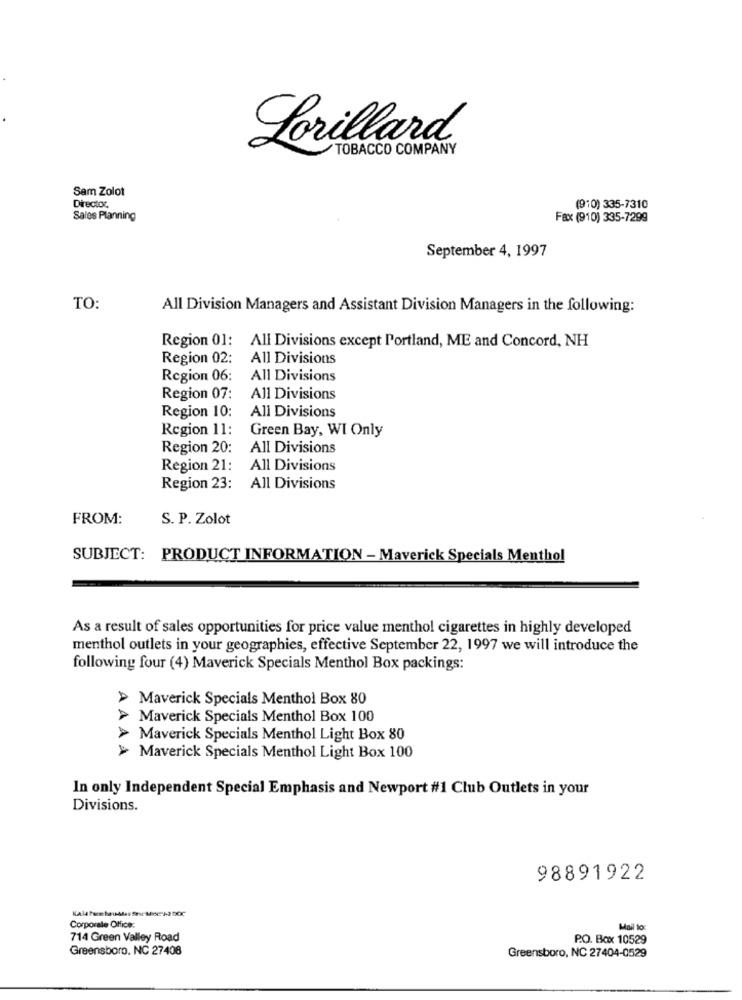
Lorillard
TOBACCO COMPANY
Sam Zolot
Director.
(910) 335-7310
Sales Planning
Fax (910) 335-7299
September 4, 1997
TO:
All Division Managers and Assistant Division Managers in the following:
Region 01: All Divisions except Portland, ME and Concord, NH
Region 02:
All Divisions
Region 06:
All Divisions
Region 07:
All Divisions
All Divisions
Region 10:
Region 11:
Green Bay, WI Only
Region 20:
All Divisions
Region 21:
All Divisions
Region 23:
All Divisions
FROM:
S. P. Zolot
SUBJECT: PRODUCT INFORMATION - Maverick Specials Menthol
As a result of sales opportunities for price value menthol cigarettes in highly developed
menthol outlets in your geographies, effective September 22, 1997 we will introduce the
following four (4) Maverick Specials Menthol Box packings:
> Maverick Specials Menthol Box 80
> Maverick Specials Menthol Box 100
> Maverick Specials Menthol Light Box 80
AAAA
> Maverick Specials Menthol Light Box 100
In only Independent Special Emphasis and Newport #1 Club Outlets in your
Divisions.
98891922
Corporate Office:
Mail to
714 Green Valley Road
P.O. Box 10529
Greensboro. NC 27408
Greensboro, NC 27404-0529